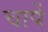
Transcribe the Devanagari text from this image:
चापें